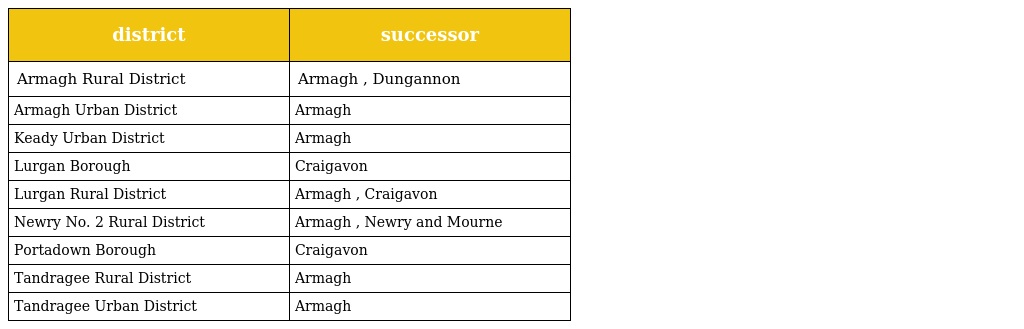
| district | successor |
 | --- | --- |
 | Armagh Rural District | Armagh , Dungannon |
 | Armagh Urban District | Armagh |
 | Keady Urban District | Armagh |
 | Lurgan Borough | Craigavon |
 | Lurgan Rural District | Armagh , Craigavon |
 | Newry No. 2 Rural District | Armagh , Newry and Mourne |
 | Portadown Borough | Craigavon |
 | Tandragee Rural District | Armagh |
 | Tandragee Urban District | Armagh |